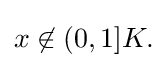
{\textstyle x\not \in (0,1]K.}